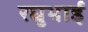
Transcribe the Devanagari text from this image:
रघुभाई